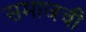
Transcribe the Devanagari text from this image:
समाजची